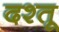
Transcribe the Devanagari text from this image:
दश्तू